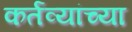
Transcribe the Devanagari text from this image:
कर्तव्यांच्या